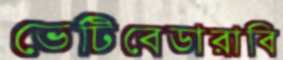
ভেটিবেডারাবি